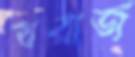
যরাজ